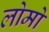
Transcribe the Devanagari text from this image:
लोमो